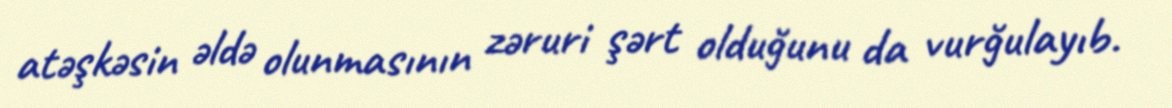
atəşkəsin əldə olunmasının zəruri şərt olduğunu da vurğulayıb.